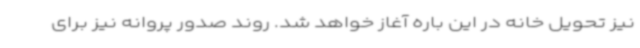
نیز تحویل خانه در این باره آغاز خواهد شد. روند صدور پروانه نیز برای